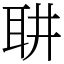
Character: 䎴